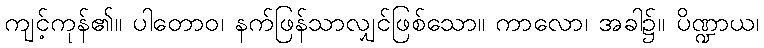
ကျင့်ကုန်၏။ ပါတောဝ၊ နက်ဖြန်သာလျှင်ဖြစ်သော။ ကာလော၊ အခါ၌။ ပိဏ္ဍာယ၊